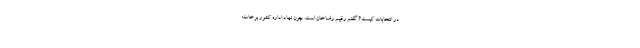
در انتخابات کیست؟ گفتم رقیبم رضاخان است. چون نهاد اداره کشور برخاسته